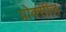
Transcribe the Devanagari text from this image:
प्रोक्सीज़